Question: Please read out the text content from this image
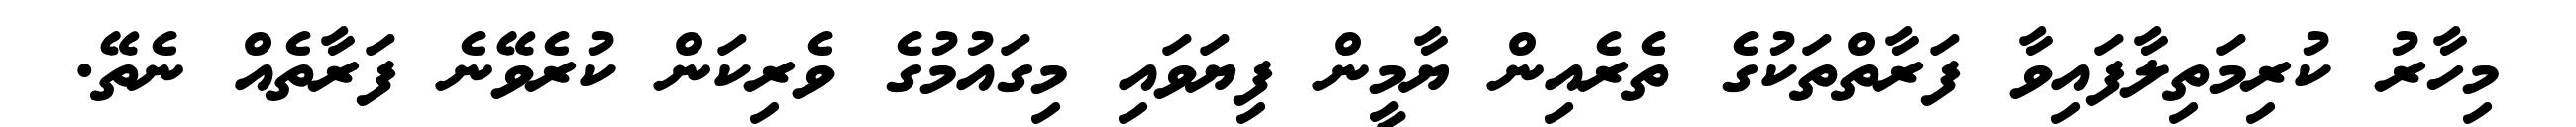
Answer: މިހާރު ކުރިމަތިލާފައިވާ ފަރާތްތަކުގެ ތެރެއިން ޔާމީން ފިޔަވައި މިގައުމުގެ ވެރިކަން ކުރެވޭނެ ފަރާތެއް ނެތޭ.